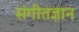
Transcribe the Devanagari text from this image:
संगीतज्ञान